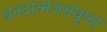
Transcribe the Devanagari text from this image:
धनदात्मजसंघुष्टो